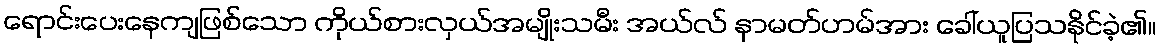
ရောင်းပေးနေကျဖြစ်သော ကိုယ်စားလှယ်အမျိုးသမီး အယ်လ် နာမတ်ဟမ်အား ခေါ်ယူပြသနိုင်ခဲ့၏။